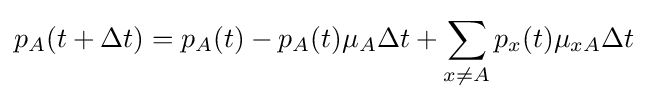
p_{A}(t+\Delta t)=p_{A}(t)-p_{A}(t)\mu _{A}\Delta t+\sum _{x\neq A}p_{x}(t)\mu _{xA}\Delta t